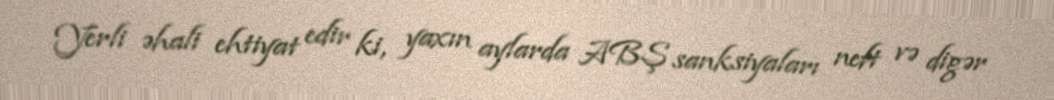
Yerli əhali ehtiyat edir ki, yaxın aylarda ABŞ sanksiyaları neft və digər